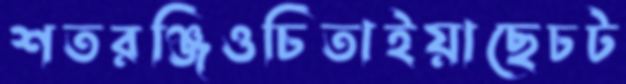
শতরঞ্জিওচিতাইয়াছেচট